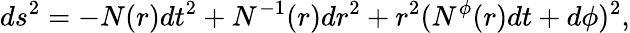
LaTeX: ds^{2}=-N(r)dt^{2}+N^{-1}(r)dr^{2}+r^{2}(N^{\phi}(r)dt+d\phi)^{2},